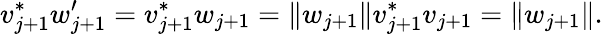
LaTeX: v_{j+1}^{*}w_{j+1}^{\prime}=v_{j+1}^{*}w_{j+1}=\| w_{j+1}\| v_{j+1}^{*}v_{j+1}=\| w_{j+1}\| .